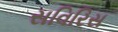
સવિરિસ